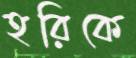
হরিকে